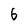
Character: 6